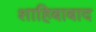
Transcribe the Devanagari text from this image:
शाहिबाबाद